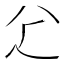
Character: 𠔇